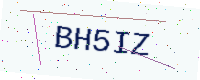
Text: BH5IZ